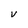
Character: V